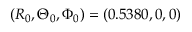
( R _ { 0 } , \Theta _ { 0 } , \Phi _ { 0 } ) = ( 0 . 5 3 8 0 , 0 , 0 )